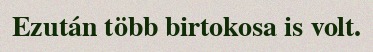
Ezután több birtokosa is volt.